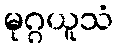
မုဂ္ဂယူသံ